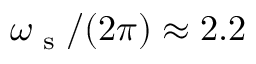
\omega _ { \textrm { s } } / ( 2 \pi ) \approx 2 . 2